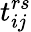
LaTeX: t_{ij}^{rs}